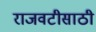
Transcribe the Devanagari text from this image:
राजवटीसाठी